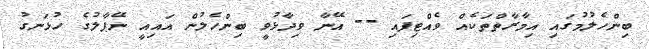
ބިންހެލުމުގައި އިމާރާތްތަކެއް ވެއްޓިފައި -- އޭނާ ވިދާޅުވީ ބިންހެލުން އައިއީ ނޭޕާލުގެ ހުޅަނގު